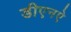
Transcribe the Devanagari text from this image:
डीएनऐ